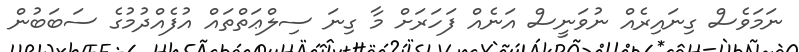
ނަމަވެސް ގިނައިރެއް ނުވަނީސް އަނެއް ފަހަރަށް މާ ގިނަ ސިލްޢަތްތައް އުފެއްދުމުގެ ސަބަބުން